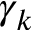
\gamma _ { k }